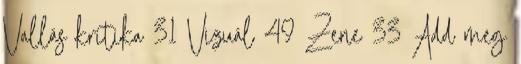
Vallás kritika 31 Vizuál 49 Zene 33 Add meg